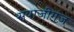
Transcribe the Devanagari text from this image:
सयाजीगंज